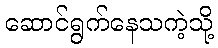
ဆောင်ရွက်နေသကဲ့သို့